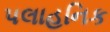
પલાહનિક